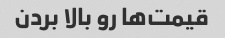
قیمت‌ها رو بالا بردن